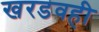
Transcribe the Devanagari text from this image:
खरडवही